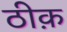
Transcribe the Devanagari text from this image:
ठीक़